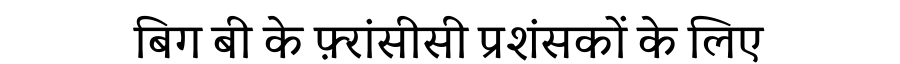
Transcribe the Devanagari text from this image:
बिग बी के फ़्रांसीसी प्रशंसकों के लिए